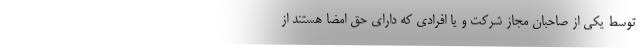
توسط یکی از صاحبان مجاز شرکت و یا افرادی که دارای حق امضا هستند از